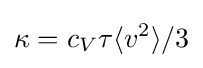
\kappa =c_{V}\tau \langle v^{2}\rangle /3